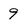
Character: 9